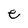
Character: e